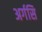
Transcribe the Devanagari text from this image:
अर्गसि